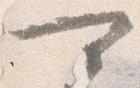
可